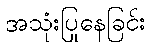
အသုံးပြုနေခြင်း